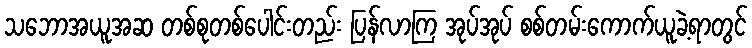
သဘောအယူအဆ တစ်စုတစ်ပေါင်းတည်း ပြန်လာကြ အုပ်အုပ် စစ်တမ်းကောက်ယူခဲ့ရာတွင်